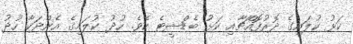
ކަޅު ކުލައިގެ ދޮރުފޮއްޗާއި ކަޅު ބެޑްޝީޓެ ކެވެ. ހުދު ކުލައިގެ އެންދަކާާ ހުދު